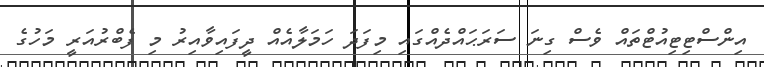
އިންސްޓިޓިއުޓްތައް ވެސް ގިނަ ސަރަޙައްދެއްގައި މިފަދަ ހަމަލާއެއް ދީފައިވާއިރު މި ފެބްރުއަރީ މަހުގެ